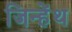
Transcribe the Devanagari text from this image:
जिन्हेंथ